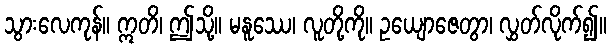
သွားလေကုန်။ ဣတိ၊ ဤသို့။ မနူဿေ၊ လူတို့ကို။ ဥယျောဇေတွာ၊ လွှတ်လိုက်၍။